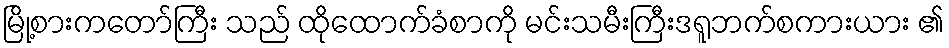
မြို့စားကတော်ကြီး သည် ထိုထောက်ခံစာကို မင်းသမီးကြီးဒရူဘက်စကားယား ၏